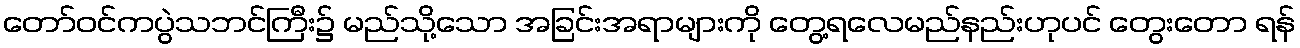
တော်ဝင်ကပွဲသဘင်ကြီး၌ မည်သို့သော အခြင်းအရာများကို တွေ့ရလေမည်နည်းဟုပင် တွေးတော ရန်